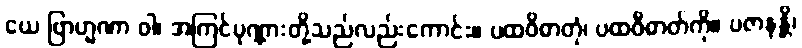
ယေ ဗြာဟ္မဏာ ဝါ၊ အကြင်ပုဏ္ဏားတို့သည်လည်းကောင်း။ ပထဝိဓာတုံ၊ ပထဝီဓာတ်ကို။ ပဇာနန္တိ၊